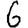
Digit: 6